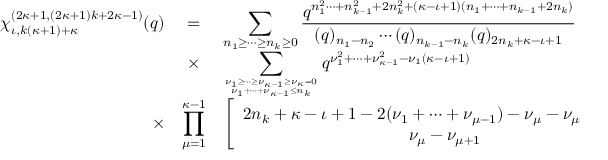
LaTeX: \begin{array} { r c l } { { \chi _ { \iota , k ( \kappa + 1 ) + \kappa } ^ { ( 2 \kappa + 1 , ( 2 \kappa + 1 ) k + 2 \kappa - 1 ) } ( q ) } } & { { = } } & { { \displaystyle \sum _ { n _ { 1 } \geq \cdots \geq n _ { k } \geq 0 } \frac { q ^ { n _ { 1 } ^ { 2 } \cdots + n _ { k - 1 } ^ { 2 } + 2 n _ { k } ^ { 2 } + ( \kappa - \iota + 1 ) ( n _ { 1 } + \cdots + n _ { k - 1 } + 2 n _ { k } ) } } { ( q ) _ { n _ { 1 } - n _ { 2 } } \cdots ( q ) _ { n _ { k - 1 } - n _ { k } } ( q ) _ { 2 n _ { k } + \kappa - \iota + 1 } } } } \\ { { } } & { { \times } } & { { \displaystyle \sum _ { \nu _ { 1 } \geq \cdots \geq \nu _ { \kappa - 1 } \geq \nu _ { \kappa } = 0 \atop \nu _ { 1 } + \cdots + \nu _ { \kappa - 1 } \leq n _ { k } } q ^ { \nu _ { 1 } ^ { 2 } + \cdots + \nu _ { \kappa - 1 } ^ { 2 } - \nu _ { 1 } ( \kappa - \iota + 1 ) } } } \\ { { \times } } & { { \displaystyle \prod _ { \mu = 1 } ^ { \kappa - 1 } } } & { { \displaystyle \left[ \begin{array} { c } { { 2 n _ { k } + \kappa - \iota + 1 - 2 ( \nu _ { 1 } + \cdots + \nu _ { \mu - 1 } ) - \nu _ { \mu } - \nu _ { \mu + 1 } - \alpha _ { \iota \mu } ^ { ( \kappa ) } } } \\ { { \nu _ { \mu } - \nu _ { \mu + 1 } } } \end{array} \right] _ { q } . } } \end{array}